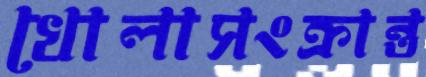
খোলাসংক্রান্ত